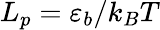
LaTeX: L_{p}=\varepsilon_{b}/k_{B}T